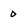
Character: 0